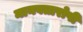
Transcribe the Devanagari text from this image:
मानवतारोपी